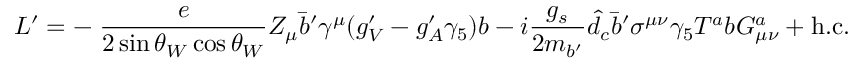
{ \cal L } ^ { \prime } = - \; \frac { e } { 2 \sin \theta _ { W } \cos \theta _ { W } } Z _ { \mu } \bar { b } ^ { \prime } \gamma ^ { \mu } ( g _ { V } ^ { \prime } - g _ { A } ^ { \prime } \gamma _ { 5 } ) b - i \frac { g _ { s } } { 2 m _ { b ^ { \prime } } } \hat { d } _ { c } \bar { b } ^ { \prime } \sigma ^ { \mu \nu } \gamma _ { 5 } T ^ { a } b G _ { \mu \nu } ^ { a } + \mathrm { h . c . }